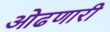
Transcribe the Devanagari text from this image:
ओढणारी